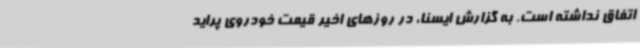
اتفاق نداشته است. به گزارش ایسنا، در روزهای اخیر قیمت خودروی پراید